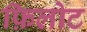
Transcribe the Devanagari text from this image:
फ़िलोट